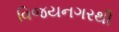
વિજયનગરથી